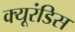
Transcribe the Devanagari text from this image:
क्यूरंडिस